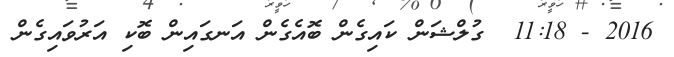
2016 - 11:18  ގުލްޝަން ކައިގެން ބޮއެގެން އަނގައިން ބޮކި އަރުވައިގެން